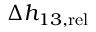
\Delta h _ { 1 3 , { \mathrm { r e l } } }